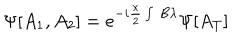
\Psi [ A _ { 1 } , A _ { 2 } ] = e ^ { - i \frac { \kappa } { 2 } \int \, B \lambda } \Psi [ A _ { T } ]